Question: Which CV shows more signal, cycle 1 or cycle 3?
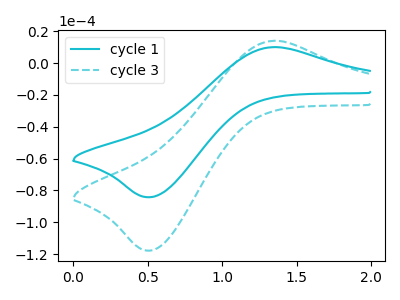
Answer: <think>The cyan curve "cycle 1" has an anodic peak at (1.35V, 10.00uA) and a cathodic peak at (0.50V, -84.25uA). The cyan dashed curve "cycle 3" has an anodic peak at (1.35V, 13.95uA) and a cathodic peak at (0.50V, -117.80uA).
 All the peaks in "cycle 1" have a peak in "cycle 3" at the same potential. Every peak in "cycle 1" is lower than every peak in "cycle 3".</think>
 <answer>"cycle 1" has less signal than "cycle 3".</answer>
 <eval>less_signal</eval>